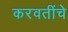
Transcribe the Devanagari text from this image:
करवतींचे